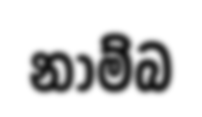
නාම්බ